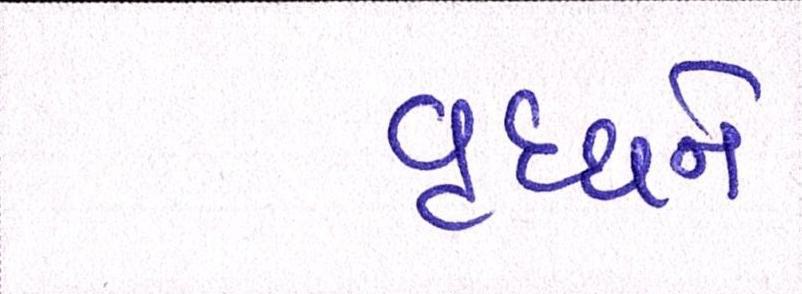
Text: વૃધ્ધને